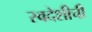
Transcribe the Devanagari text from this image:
स्वदेशीची